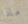
ماذا